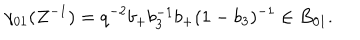
\gamma _ { 0 1 } ( Z ^ { - 1 } ) = q ^ { - 2 } b _ { + } b _ { 3 } ^ { - 1 } b _ { + } ( 1 - b _ { 3 } ) ^ { - 1 } \in B _ { 0 1 } .